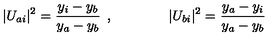
\vert U _ { a i } \vert ^ { 2 } = \frac { y _ { i } - y _ { b } } { y _ { a } - y _ { b } } \: \: , \qquad \qquad \vert U _ { b i } \vert ^ { 2 } = \frac { y _ { a } - y _ { i } } { y _ { a } - y _ { b } }